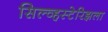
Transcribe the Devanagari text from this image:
सिल्व्हस्टेरिझला